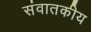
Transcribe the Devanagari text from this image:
संवातकीय